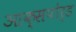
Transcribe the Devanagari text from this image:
आक्सपोर्ड